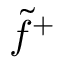
\tilde { f } ^ { + }